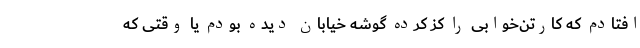
افتادم که کارتن‌خوابی را کز کرده گوشه خیابان دیده بودم یا وقتی که